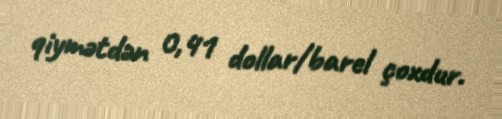
qiymətdən 0,41 dollar/barel çoxdur.